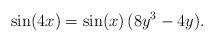
LaTeX: \begin{align*} \sin(4x) = \sin(x) \,(8y^3-4y) . \end{align*}